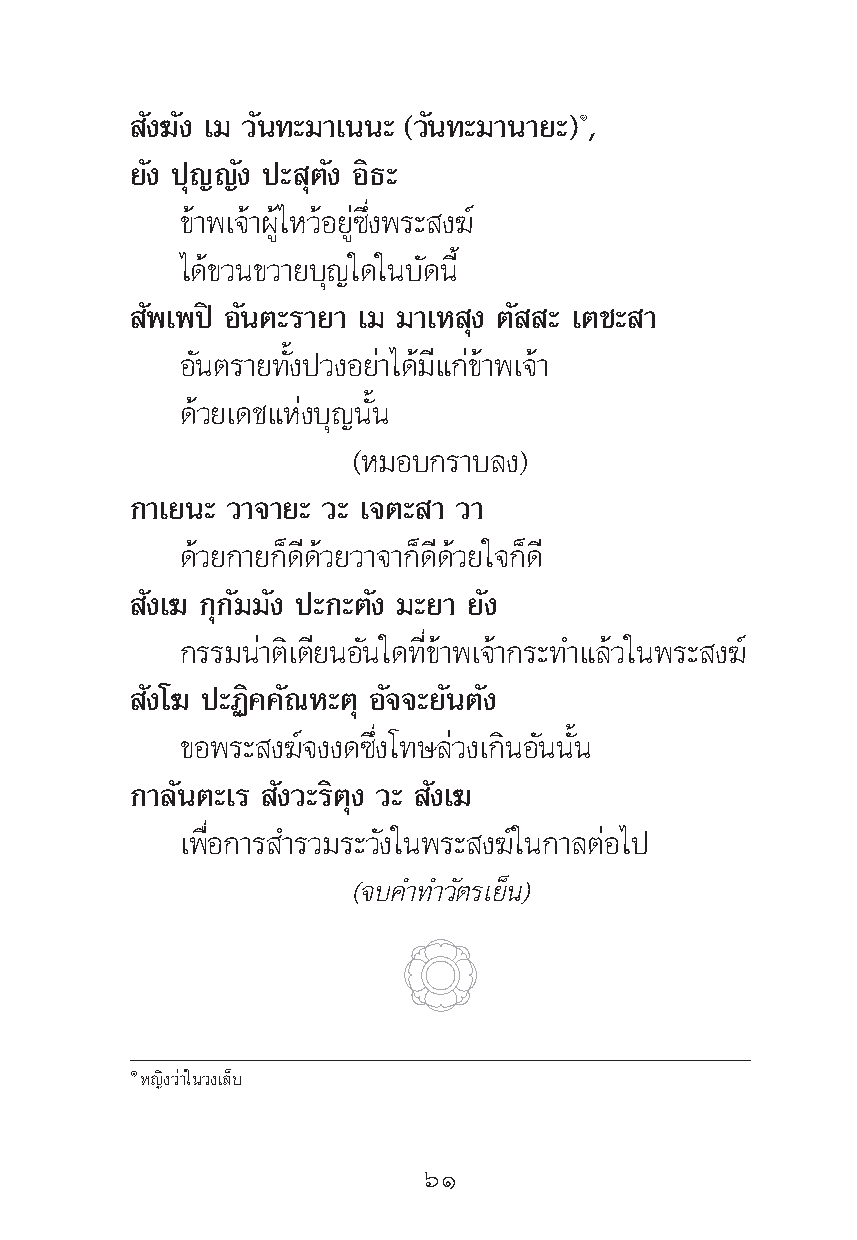
—ß¶—ß ‡¡ «—π∑–¡“‡ππ– («—π∑–¡“π“¬–)Ò,
 ¬—ß ªÿ≠≠—ß ª– ÿμ—ß Õ‘∏–
 ¢â“æ‡®â“ºŸâ‰À«âÕ¬Ÿà´÷Ëßæ√– ß¶å
 ‰¥â¢«π¢«“¬∫ÿ≠„¥„π∫—¥π’È
 —æ‡æªî Õ—πμ–√“¬“ ‡¡ ¡“‡À ÿß μ— – ‡μ™– “
 Õ—πμ√“¬∑—Èßª«ßÕ¬à“‰¥â¡’·°à¢â“æ‡®â“
 ¥â«¬‡¥™·Ààß∫ÿ≠π—Èπ
 (À¡Õ∫°√“∫≈ß)
 °“‡¬π– «“®“¬– «– ‡®μ– “ «“
 ¥â«¬°“¬°Á¥’¥â«¬«“®“°Á¥’¥â«¬„®°Á¥’
 —ß‡¶ °ÿ°—¡¡—ß ª–°–μ—ß ¡–¬“ ¬—ß
 °√√¡πà“μ‘‡μ’¬πÕ—π„¥∑’Ë¢â“æ‡®â“°√–∑”·≈â«„πæ√– ß¶å
 —ß‚¶ ª–Ø‘§§—≥À–μÿ Õ—®®–¬—πμ—ß
 ¢Õæ√– ß¶å®ßß¥´÷Ëß‚∑…≈à«ß‡°‘πÕ—ππ—Èπ
 °“≈—πμ–‡√ —ß«–√‘μÿß «– —ß‡¶
 ‡æ◊ËÕ°“√ ”√«¡√–«—ß„πæ√– ß¶å„π°“≈μàÕ‰ª
 (®∫§”∑”«—μ√‡¬Áπ)
 ÒÀ≠‘ß«à“„π«ß‡≈Á∫
 ˆÒ